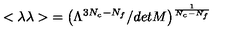
{ < \lambda \lambda > } = \left( \Lambda ^ { 3 N _ { c } - N _ { f } } / d e t M \right) ^ { \frac { 1 } { N _ { c } - N _ { f } } }